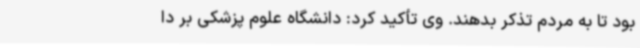
بود تا به مردم تذکر بدهند. وی تأکید کرد: دانشگاه علوم پزشکی بر دا